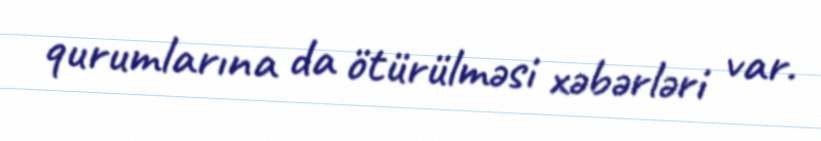
qurumlarına da ötürülməsi xəbərləri var.